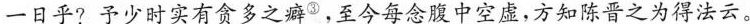
一日乎?予少时实有贪多之癖^{③}，至今每念腹中空虚，方知陈晋之为得法云。